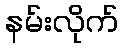
နမ်းလိုက်